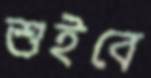
শুইবে